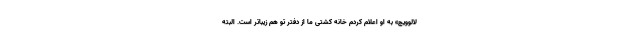
لالوویچ» به او اعلام کردم خانه کشتی ما از دفتر تو هم زیباتر است. البته